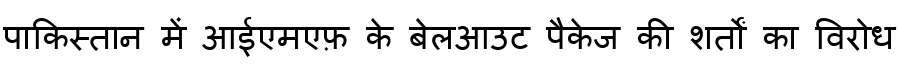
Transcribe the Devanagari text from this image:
पाकिस्तान में आईएमएफ़ के बेलआउट पैकेज की शर्तों का विरोध